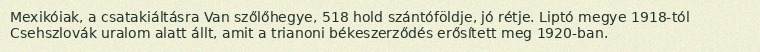
Mexikóiak, a csatakiáltásra Van szőlőhegye, 518 hold szántóföldje, jó rétje. Liptó megye 1918-tól Csehszlovák uralom alatt állt, amit a trianoni békeszerződés erősített meg 1920-ban.